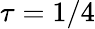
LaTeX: \tau=1/4